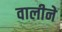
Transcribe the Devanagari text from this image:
वालीने